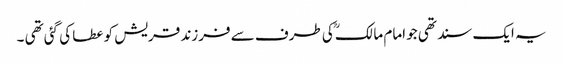
یہ ایک سند تھی جو امام مالکؒ کی طرف سے فرزند قریش کو عطا کی گئی تھی ۔